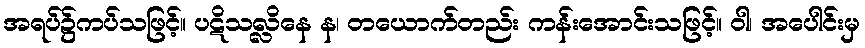
အရပ်၌ကပ်သဖြင့်။ ပဋိသလ္လိနေ န၊ တယောက်တည်း ကန်းအောင်းသဖြင့်။ ဝါ၊ အပေါင်းမှ